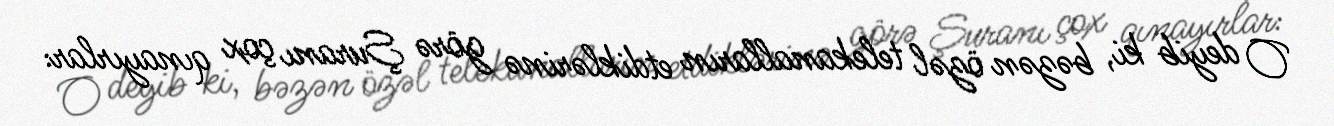
O deyib ki, bəzən özəl telekanalların etdiklərinə görə Şuranı çox qınayırlar: